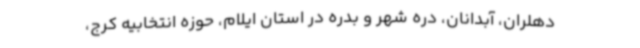
دهلران، آبدانان، دره شهر و بدره در استان ایلام، حوزه انتخابیه کرج،